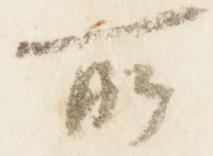
所